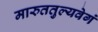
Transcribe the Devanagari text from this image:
मारुततुल्यवेगं